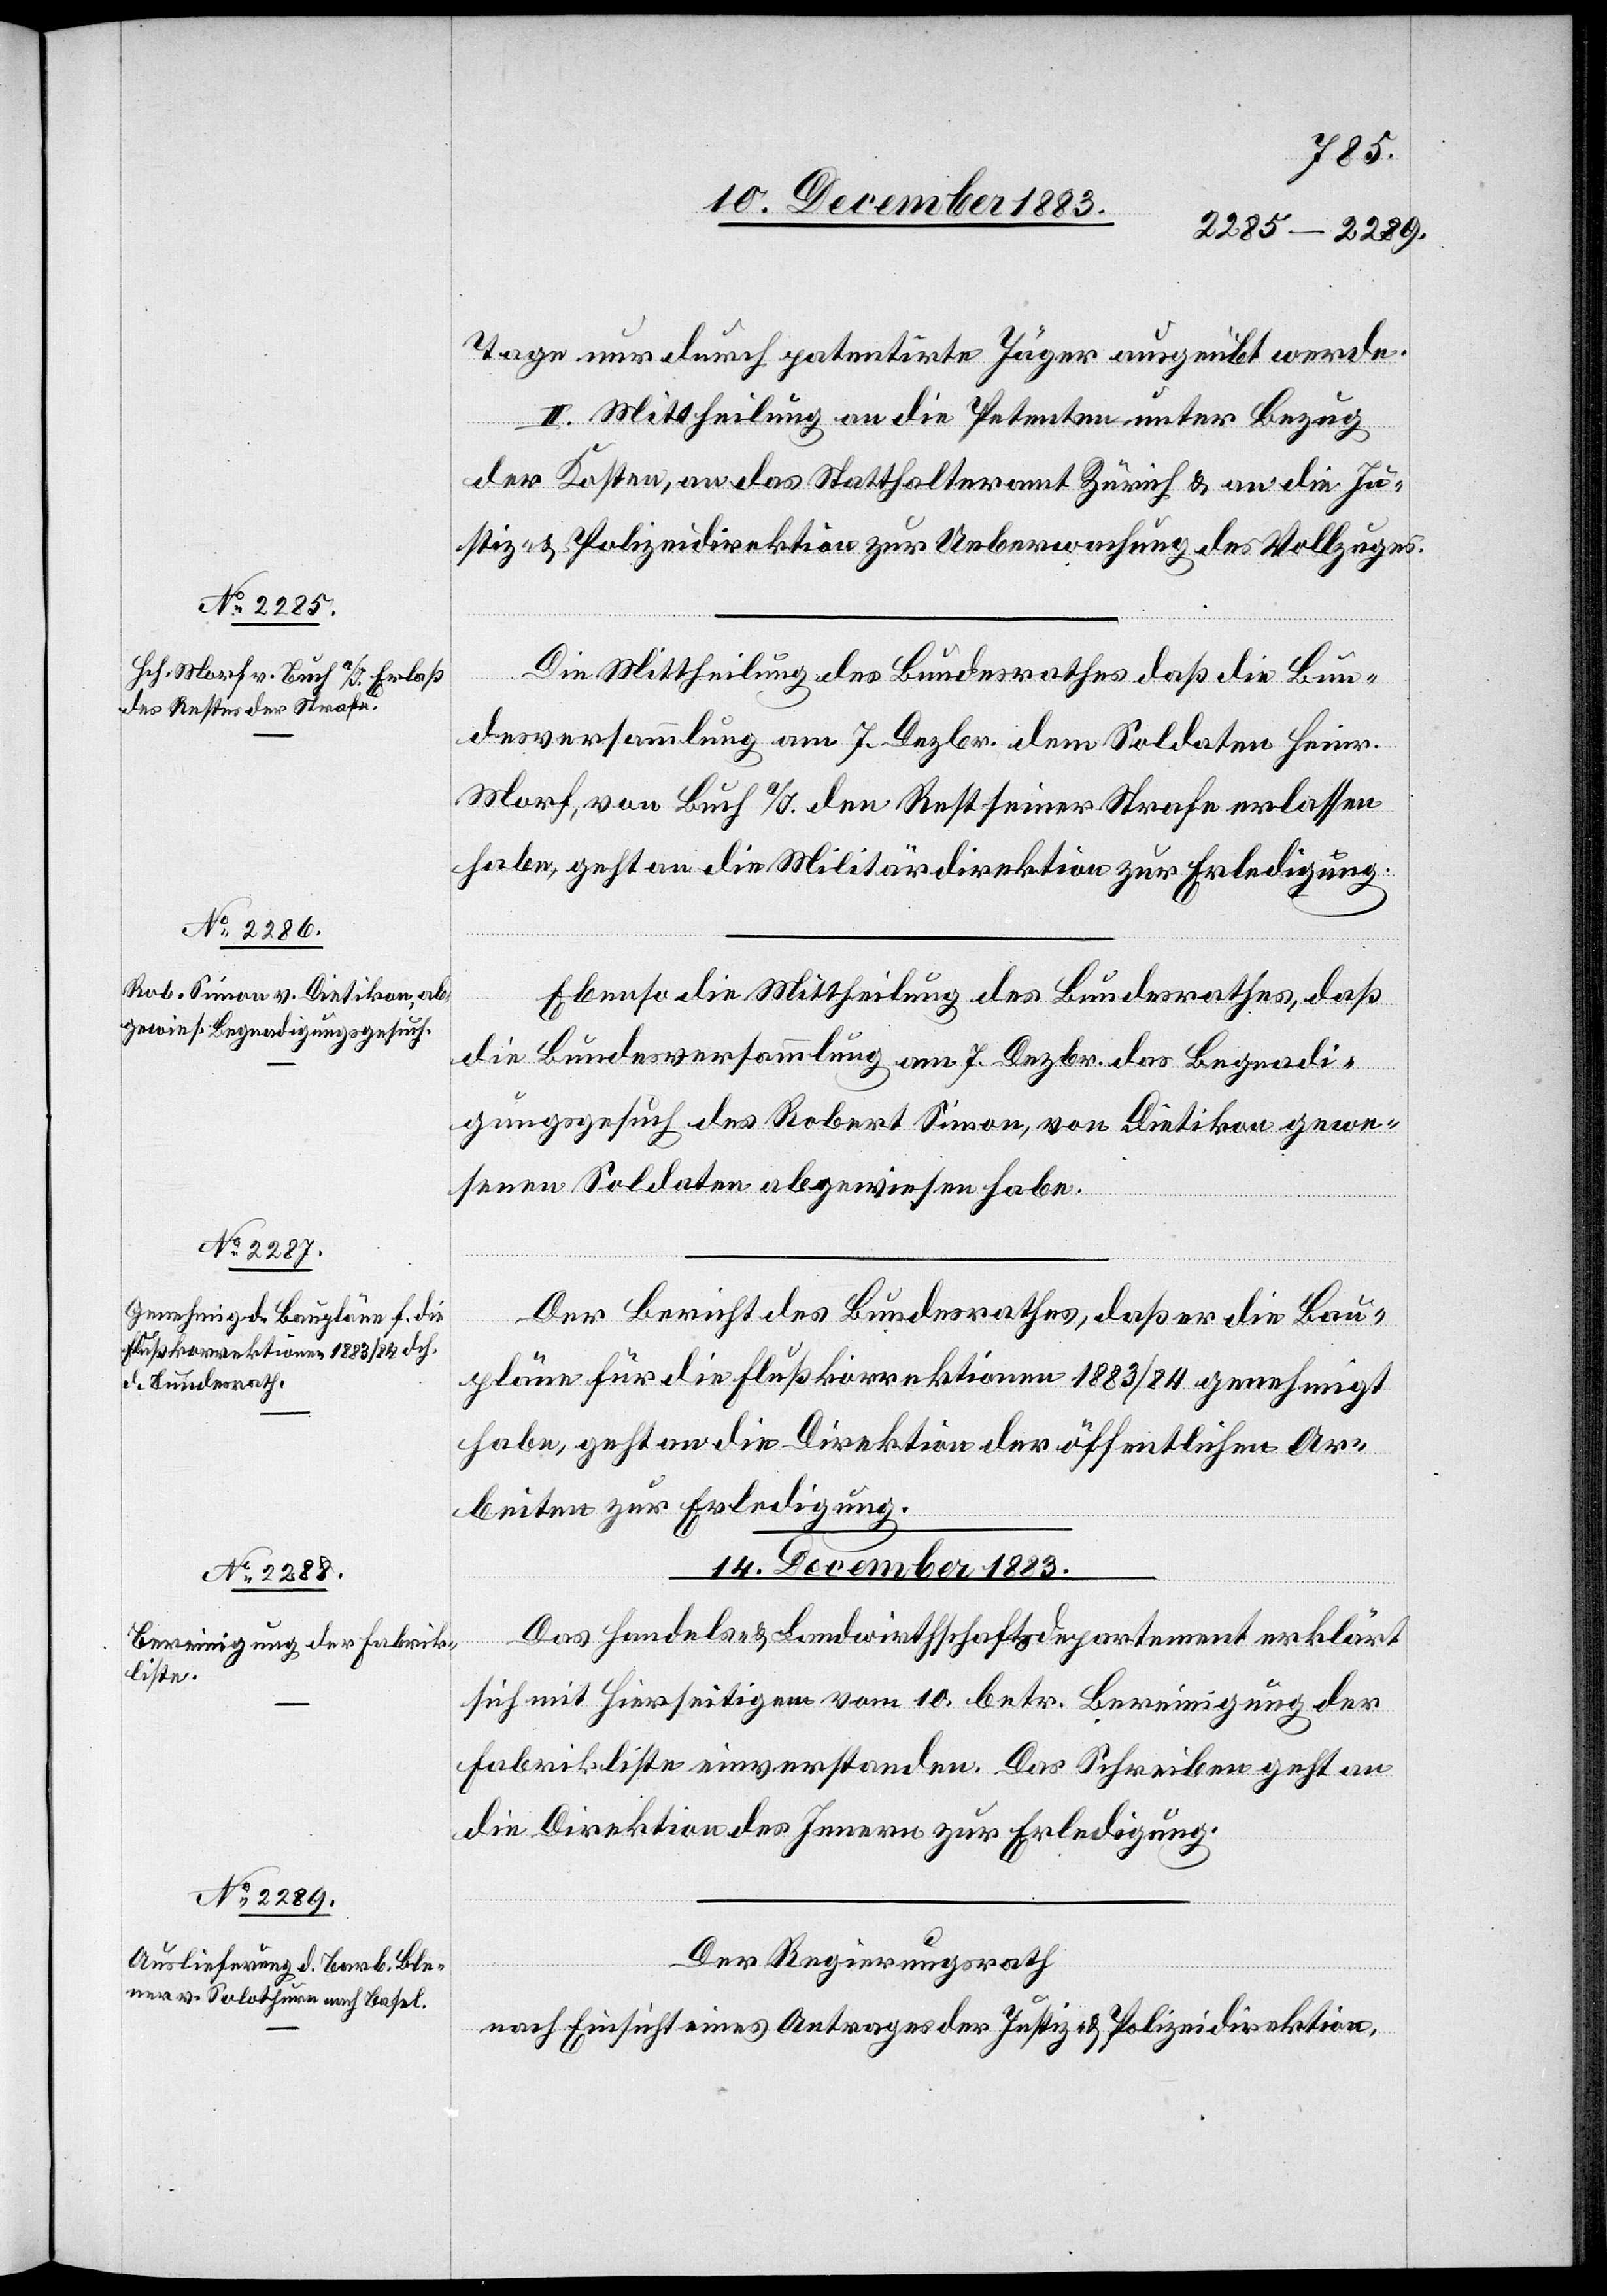
14. December 1883.]
Tage nur durch patentirte Jäger ausgeübt werde.
II. Mittheilung an die Petenten unter Bezug
der Kosten, an das Statthalteramt Zürich & an die Ju¬
stiz- & Polizeidirektion zur Ueberwachung des Vollzuges.
Die Mittheilung des Bundesrathes daß die Bun¬
desversammlung am 7. Dezbr. dem Soldaten Heinr.
Morf, von Buch a/I. den Rest seiner Strafe erlassen
habe, geht an die Militärdirektion zur Erledigung.
Ebenso die Mittheilung des Bundesrathes, daß
die Bundesversammlung am 7. Dezbr. das Begnadi¬
gungsgesuch des Robert Simon, von Dietikon gewe¬
senen Soldaten abgewiesen habe.
Der Bericht des Bundesrathes, daß er die Bau¬
pläne für die Flußkorrektionen 1883/84 genehmigt
habe, geht an die Direktion der öffentlichen Ar¬
beiten zur Erledigung.
Das Handels- & Landwirthschaftsdepartement erklärt
sich mit hierseitigem vom 10. betr. Bereinigung der
Fabrikliste einverstanden. Das Schreiben geht an
die Direktion des Innern zur Erledigung.
Der Regierungsrath
nach Einsicht eines Antrages der Justiz- & Polizeidirektion,